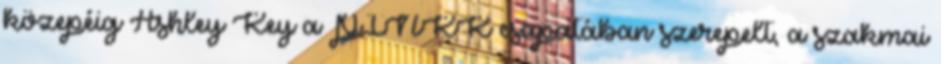
közepéig Ashley Key a PINKK csapatában szerepelt, a szakmai